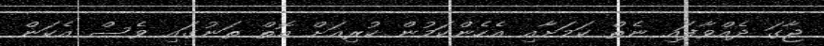
ޖާގަ ދެއްވާފައި ނެތް ކަަމަށާއި އެހެންކަމުން ކުރިއަށް އޮތް ތަނުގައި ވެސް އެކަން